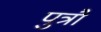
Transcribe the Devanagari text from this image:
पुत्रौ